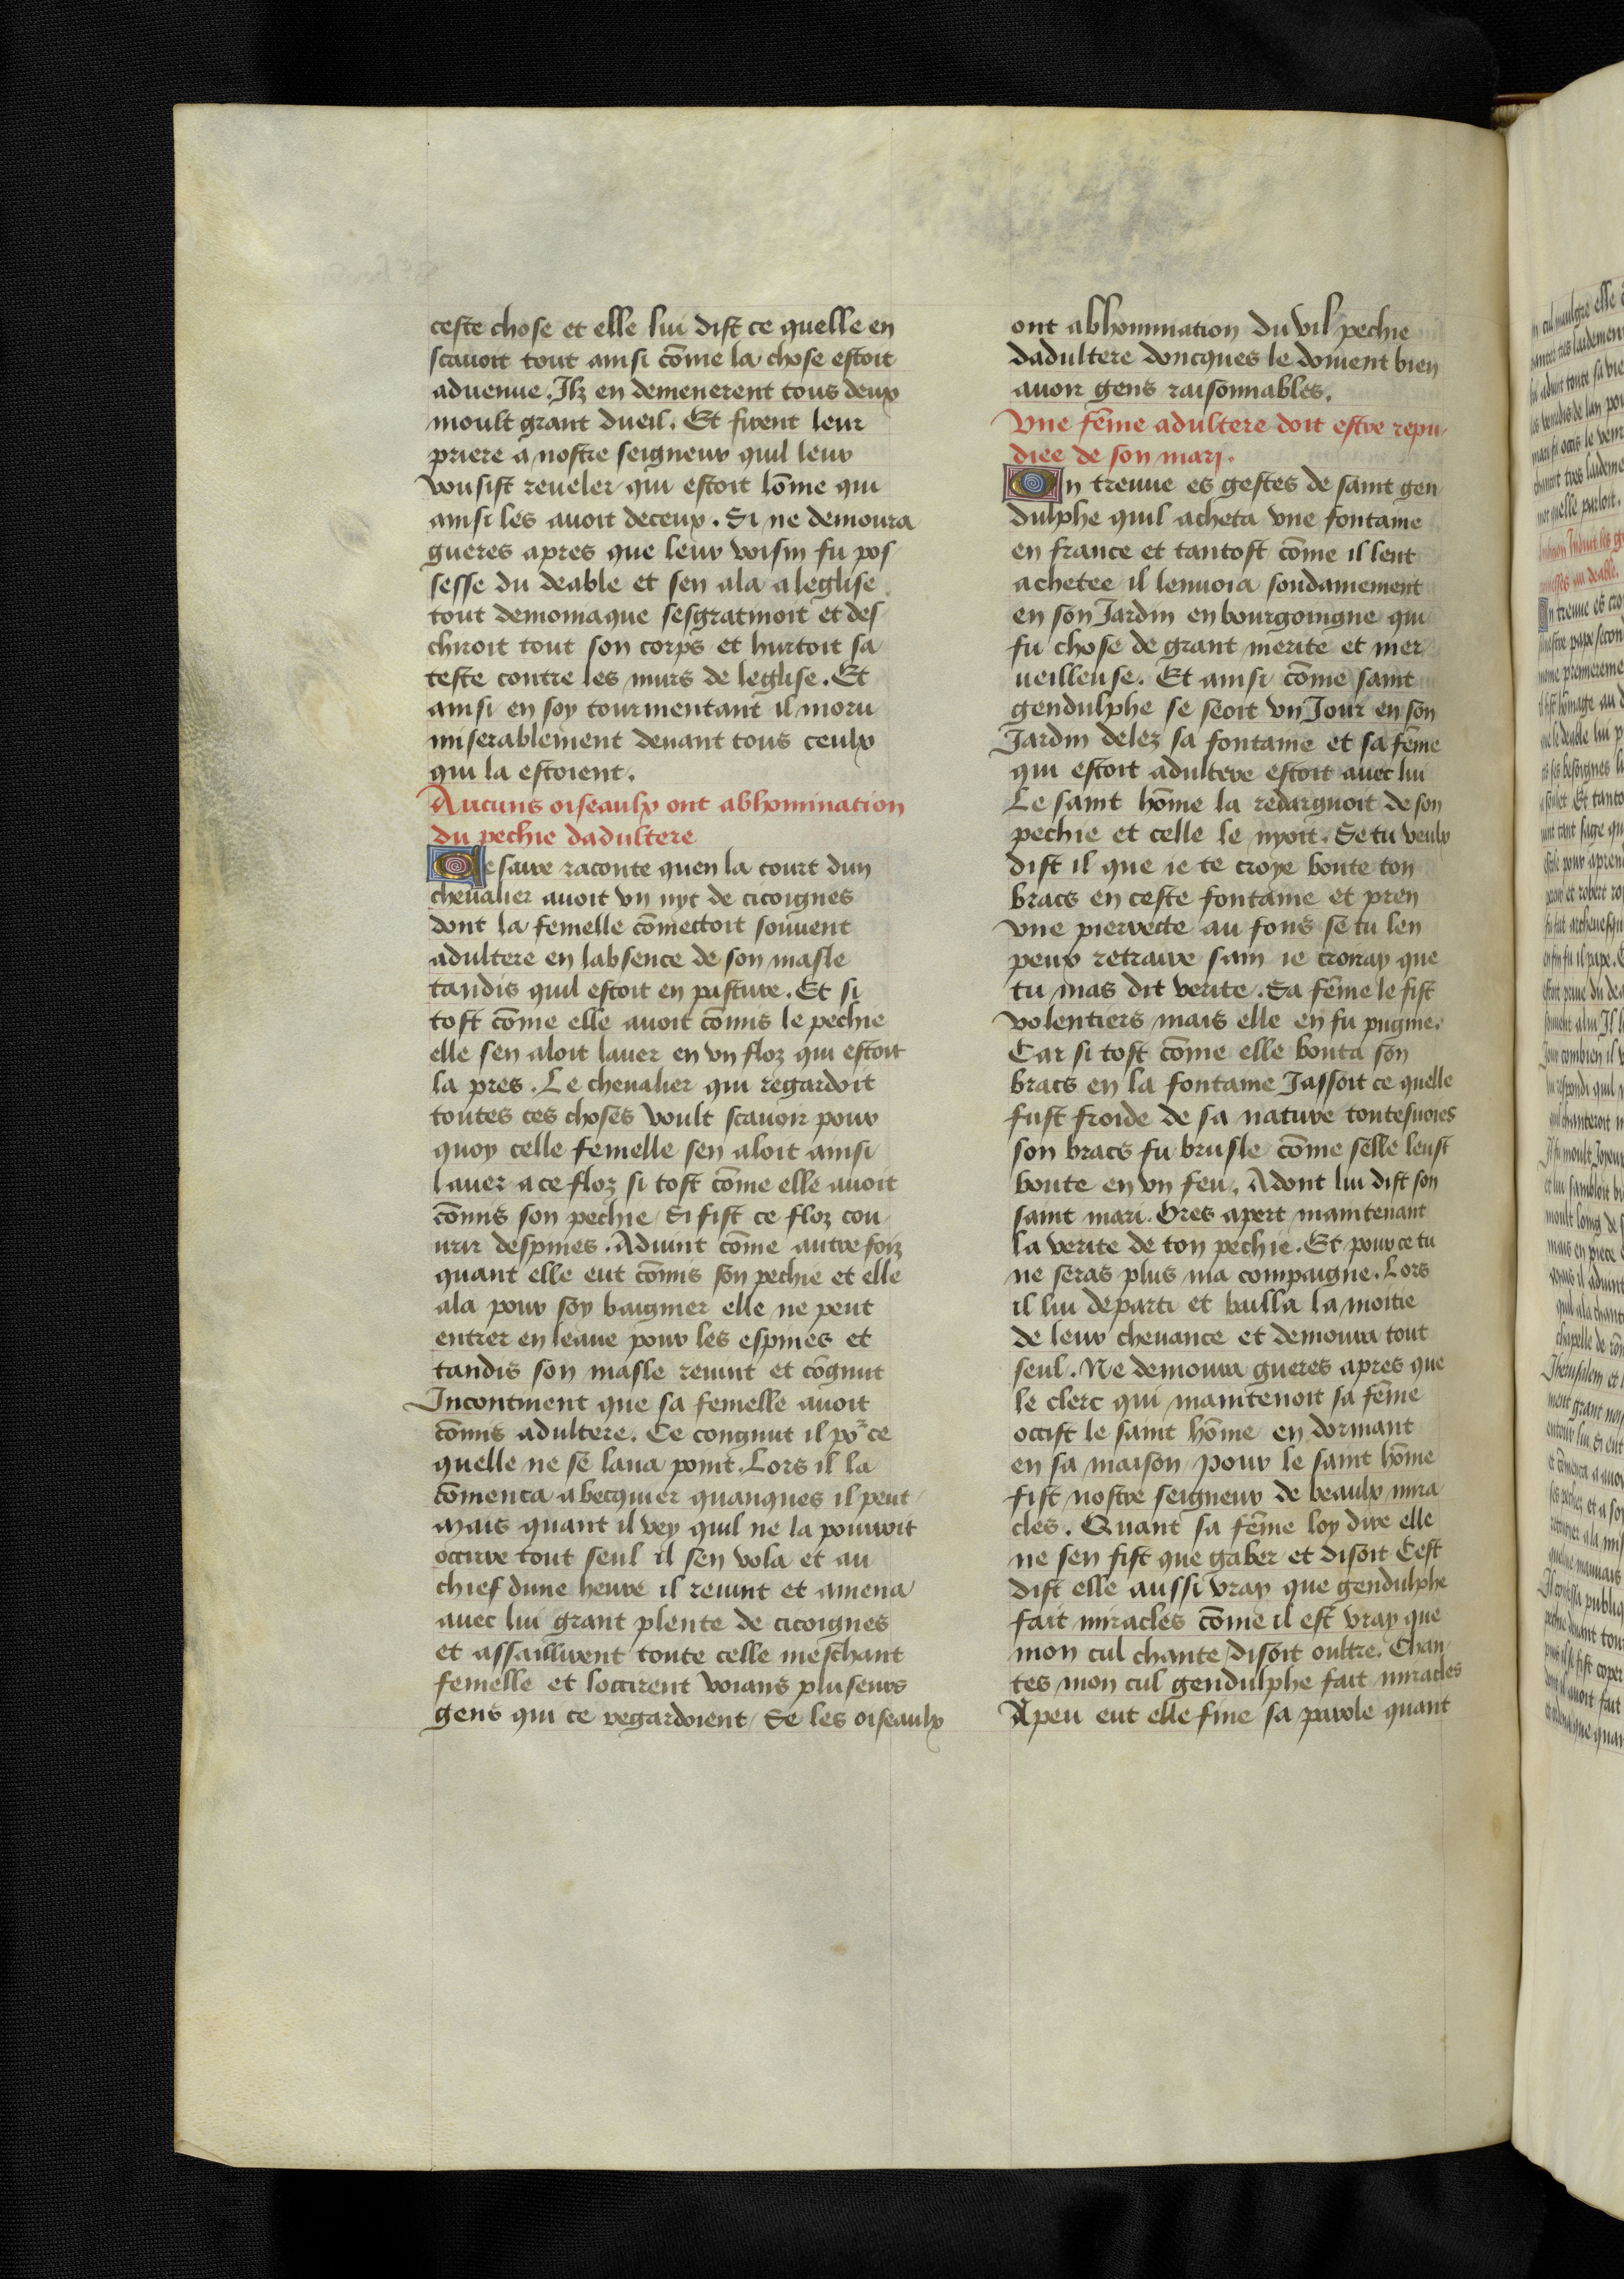
Shelfmark: Bruxelles, KBR, ms. 9232
Century: 15